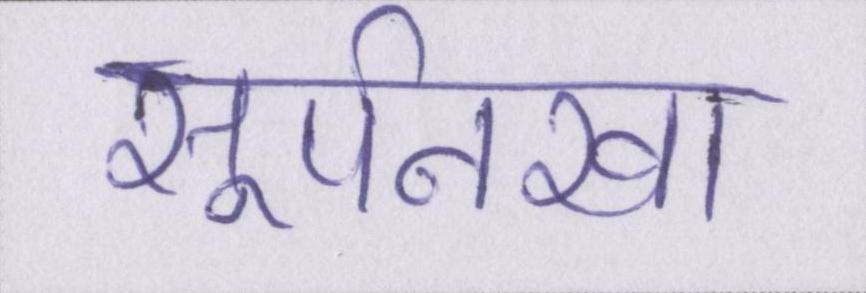
सूर्पनखा